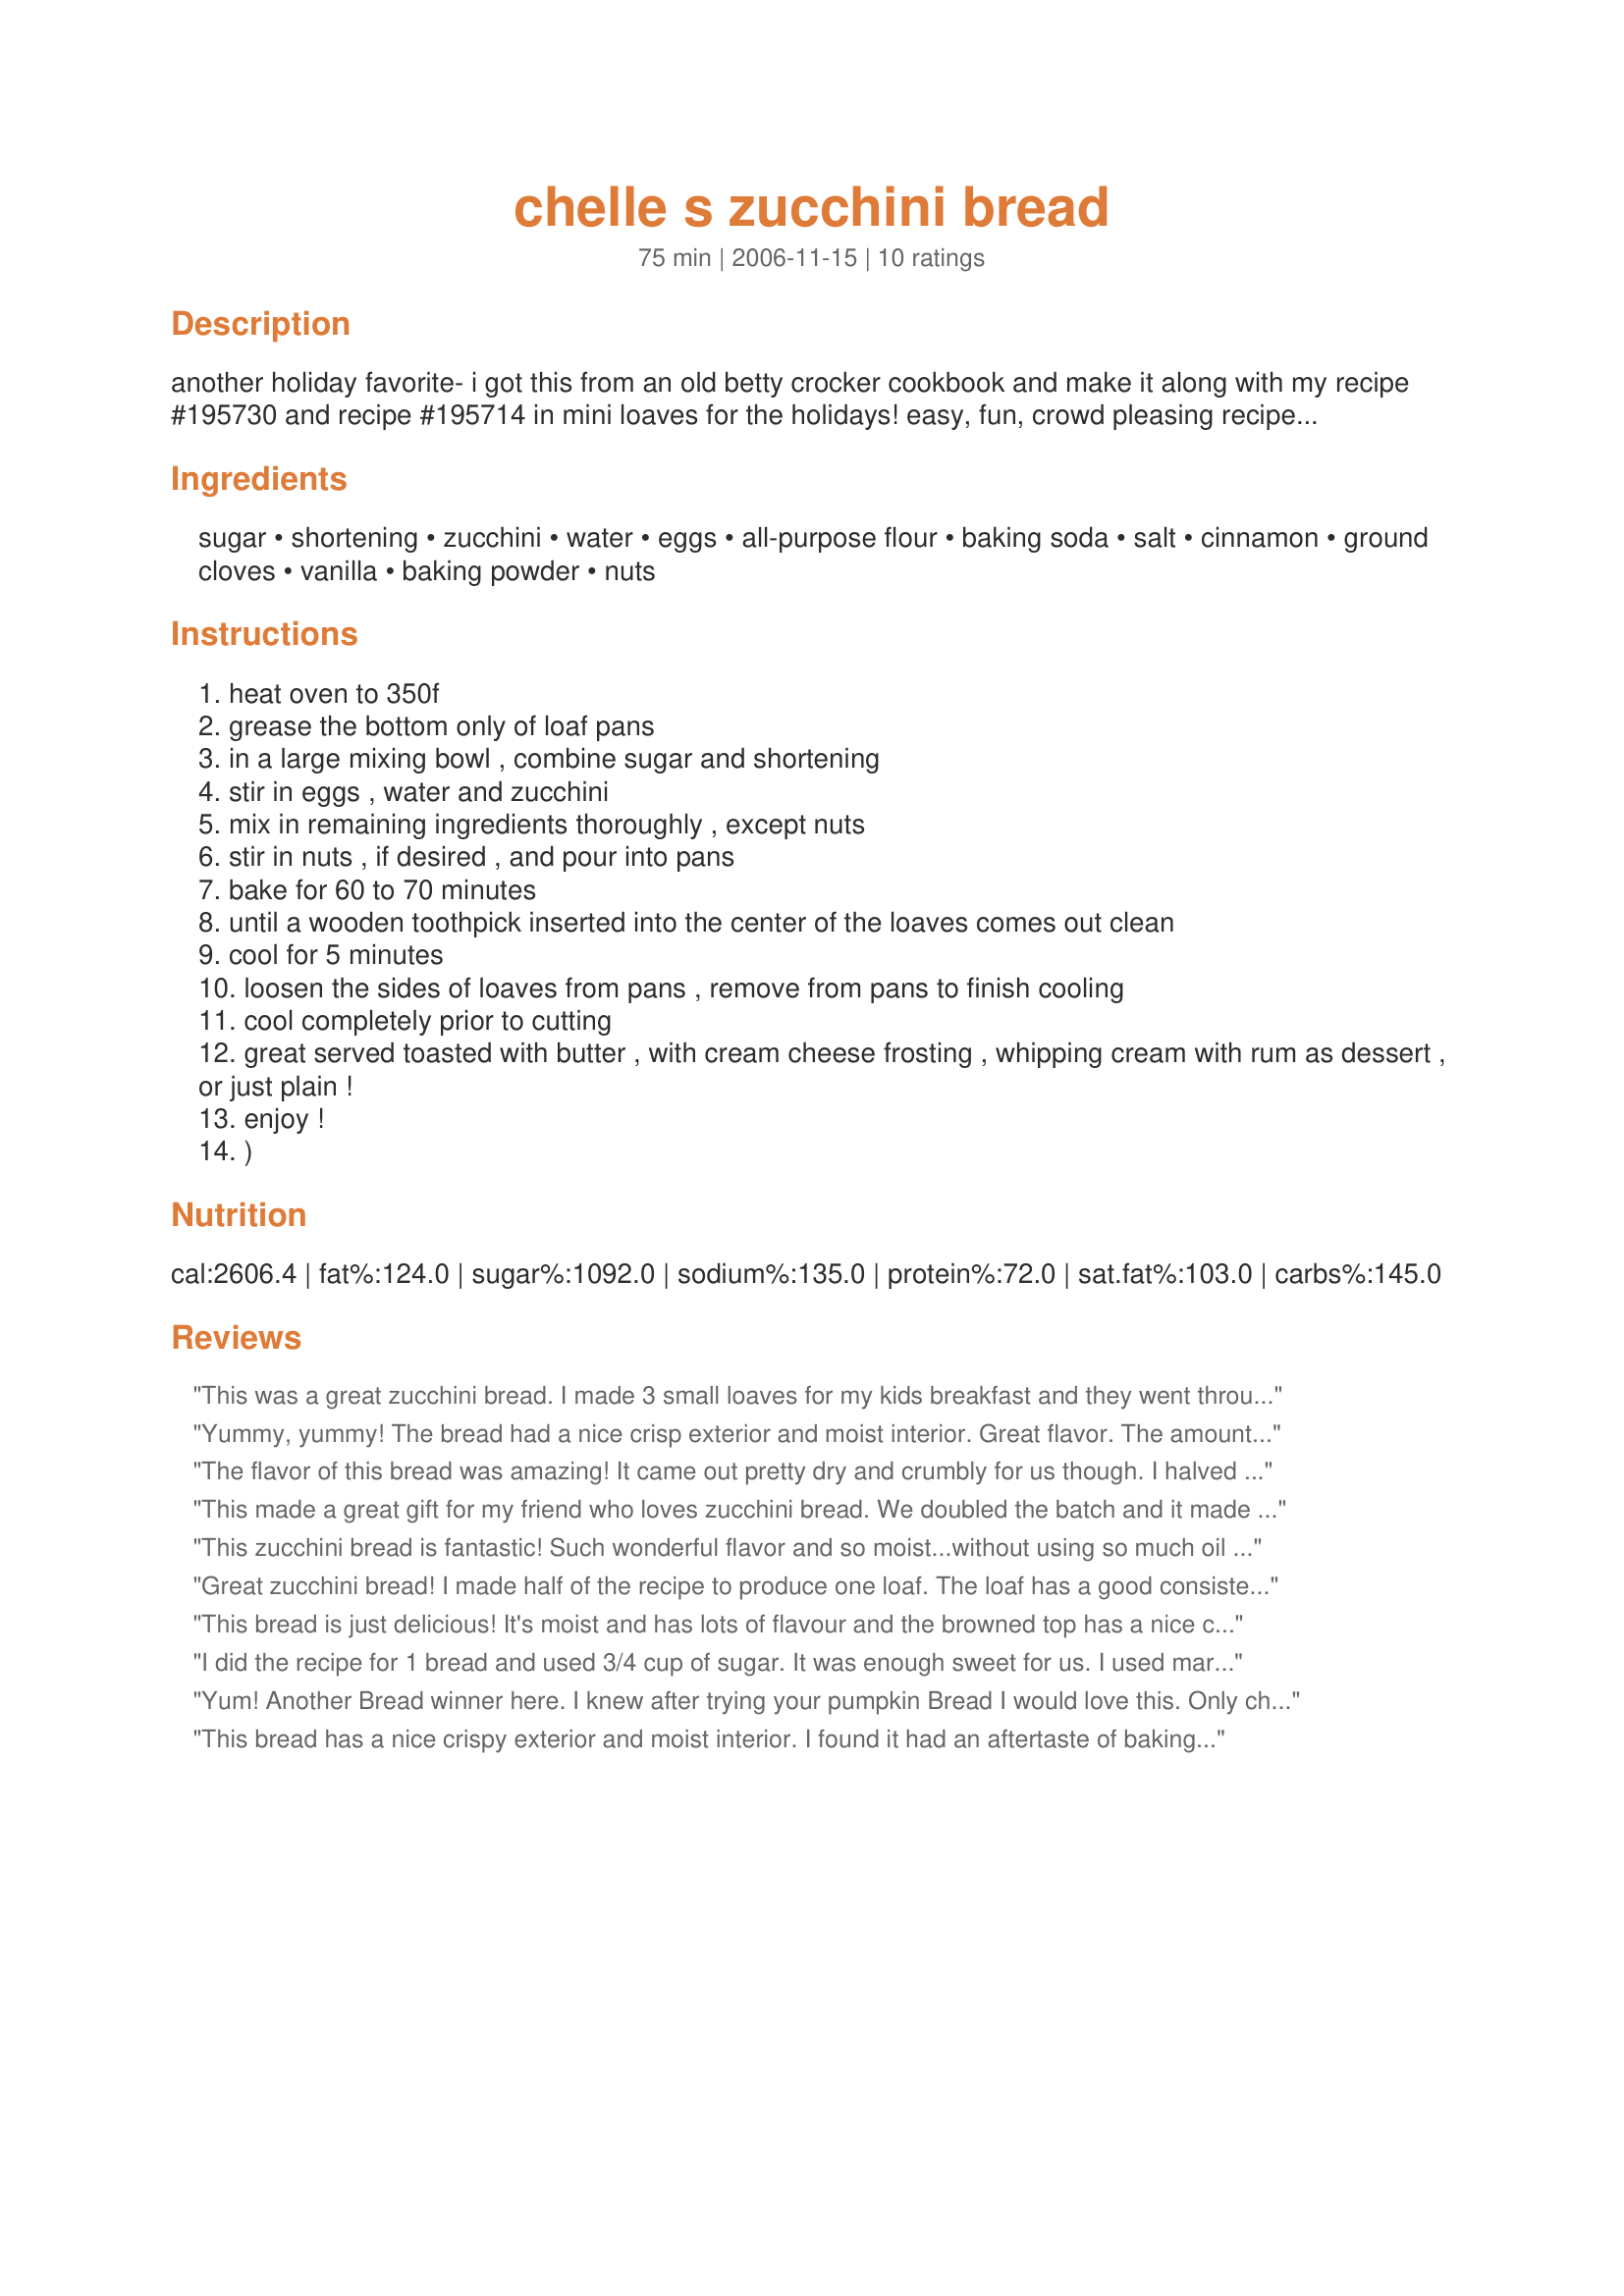
chelle s zucchini bread
Preparation time: 75 minutes

another holiday favorite- i got this from an old betty crocker cookbook and make it along with my recipe #195730 and recipe #195714 in mini loaves for the holidays! easy, fun, crowd pleasing recipes! enjoy!!

Ingredients:
sugar, shortening, zucchini, water, eggs, all-purpose flour, baking soda, salt, cinnamon, ground cloves, vanilla, baking powder, nuts

Steps:
heat oven to 350f
grease the bottom only of loaf pans
in a large mixing bowl , combine sugar and shortening
stir in eggs , water and zucchini
mix in remaining ingredients thoroughly , except nuts
stir in nuts , if desired , and pour into pans
bake for 60 to 70 minutes
until a wooden toothpick inserted into the center of the loaves comes out clean
cool for 5 minutes
loosen the sides of loaves from pans , remove from pans to finish cooling
cool completely prior to cutting
great served toasted with butter , with cream cheese frosting , whipping cream with rum as dessert , or just plain !
enjoy !
)

Reviews:
This was a great zucchini bread. I made 3 small loaves for my kids breakfast and they went through them very quickly. Made for ZWT7.
Yummy, yummy! The bread had a nice crisp exterior and moist interior. Great flavor. The amount of spices and vanilla really worked with this bread. I reduced the quantities to make one loaf, and I had to substitute canola oil for the Crisco. I cut out the water completely since the oil is liquid and I know my zucchini from the garden has quite a bit of water in it. It worked perfectly.
The flavor of this bread was amazing! It came out pretty dry and crumbly for us though. I halved the recipe and used gluten-free all purpose flour so that might account for some of the dryness. Next time, I may add some yogurt or sour cream to keep it moist. Thank you for posting! Reviewed for ZWT4.
This made a great gift for my friend who loves zucchini bread. We doubled the batch and it made lots. Made for ZWT8.
This zucchini bread is fantastic! Such wonderful flavor and so moist...without using so much oil like other recipes. I used butter instead of the shortening and it turned out fine. I thought 1 teaspoon of ground cloves was a lot to use, but the flavor is so good - I wouldn't cut it back. I will definitely be using this recipe again.
Great zucchini bread! I made half of the recipe to produce one loaf. The loaf has a good consistency and is full of flavor. You can really taste the cinnamon and cloves! Made for ZWT8 Australia/NZ regions. Thank you mate!
This bread is just delicious! It's moist and has lots of flavour and the browned top has a nice crunch and isn't chewy. I really like that you use a good amount of vanilla and I skipped the cloves due to personal taste. Made for ZWT8. Thanks Mommy Diva! :)
I did the recipe for 1 bread and used 3/4 cup of sugar. It was enough sweet for us. I used margarine. After 60 minutes, the bread was cooked. It was perfect. The smell was yummy! The texture is moist. One of my favorite. Thanks Mommy Diva :)
Yum! Another Bread winner here. I knew after trying your pumpkin Bread I would love this. Only change I made was added a little cinnamon and sugar to the top of batter before baking! Thanks for another great recipe. (Made for Bevy Tag 3/08) ~V
This bread has a nice crispy exterior and moist interior. I found it had an aftertaste of baking soda, though. I may try it again with less baking soda and salt and more baking powder. The spices were perfect. Made for Best of 2012 game.
